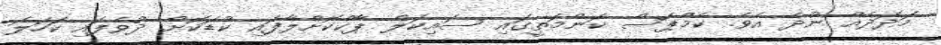
މަދަދެއް ނުދެ އެވެ. ކެމްޕަސް ކަންމަތީގައި ސައިކަލް ޕާކްކޮށްލާފައި ކުޑަކޮށް ދުވެފައި ކަހަލަ